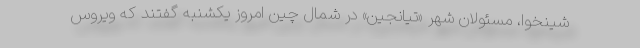
شینخوا، مسئولان شهر «تیانجین» در شمال چین امروز یکشنبه گفتند که ویروس